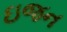
ઇજન